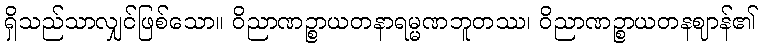
ရှိသည်သာလျှင်ဖြစ်သော။ ဝိညာဏဉ္စာယတနာရမ္မဏဘူတဿ၊ ဝိညာဏဉ္စာယတနဈာန်၏